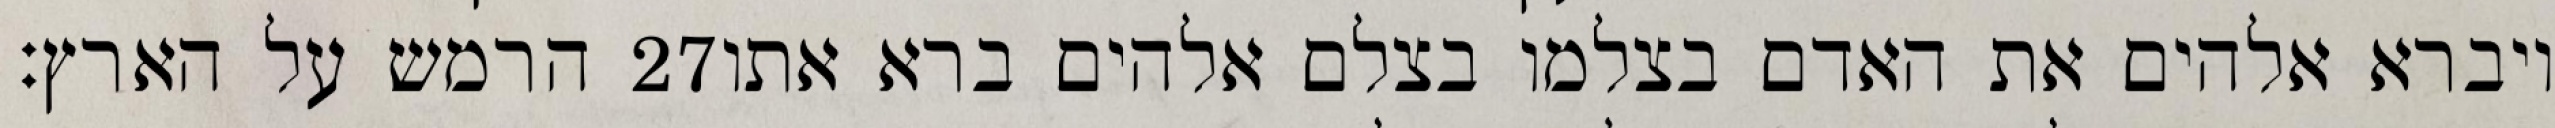
הרמש על הארץ׃ ‎27‏ ויברא אלהים את האדם בצלמו בצלם אלהים ברא אתו